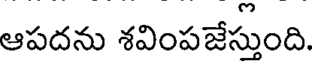
ఆపదను శవింపజేస్తుంది.